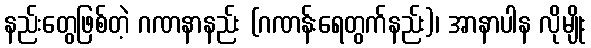
နည်းတွေဖြစ်တဲ့ ဂဏနာနည်း (ဂဏန်းရေတွက်နည်း)၊ အာနာပါန လိုမျိုး